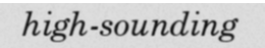
high-sounding